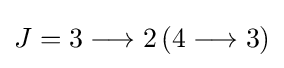
J={3{}\mathrel {\longrightarrow } {}2\,(4{}\mathrel {\longrightarrow } {}3)}